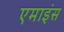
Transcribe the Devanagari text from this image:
एमाइंस